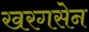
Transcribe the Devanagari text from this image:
खरगसेन